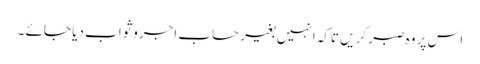
اس پر وہ صبر کریں تاکہ انہیں بغیر حساب اجروثواب دیا جائے ۔